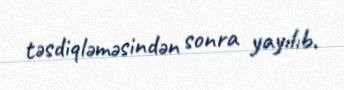
təsdiqləməsindən sonra yayılıb.